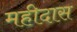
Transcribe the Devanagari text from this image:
महीदास